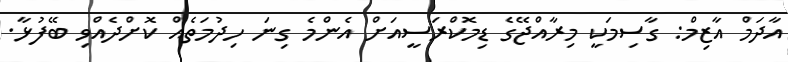
އާދަމް އާޒިމް: ގާސިމަކީ މިރާއްޖޭގެ ޑިމޮކްރަސީއަށް އެންމެ ގިނަ ހިދުމަތެއް ކޮށްދެއްވި ބޭފުޅާ.